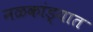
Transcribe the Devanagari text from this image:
नळकांड्यात